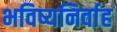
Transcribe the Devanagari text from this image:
भविष्यनिर्वाह